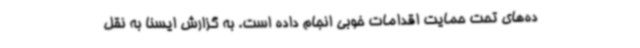
ده‌های تحت حمایت اقدامات خوبی انجام داده است. به گزارش ایسنا به نقل